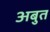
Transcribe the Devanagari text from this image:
अबुत